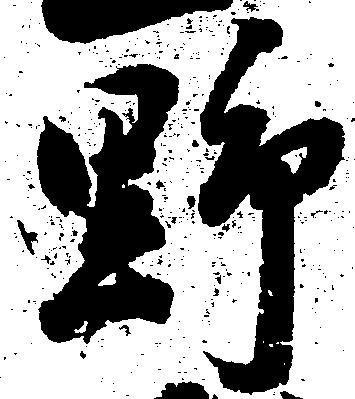
野